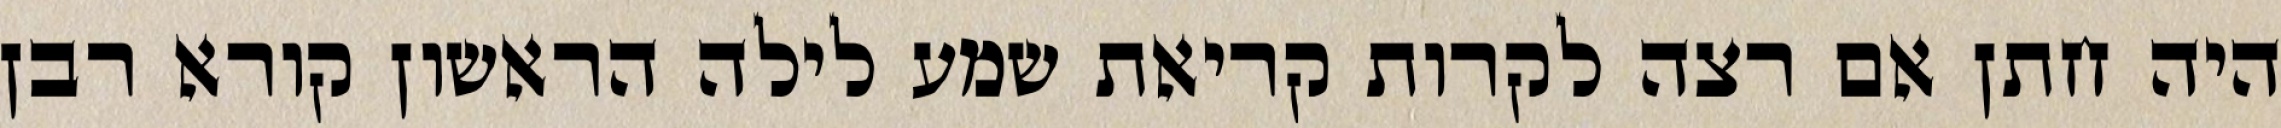
היה חתן אם רצה לקרות קריאת שמע לילה הראשון קורא רבן